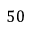
5 0